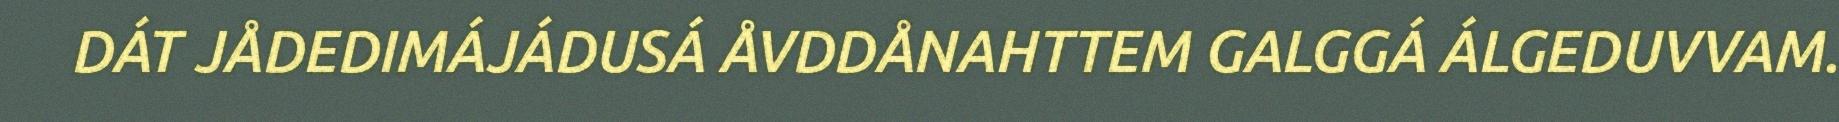
DÁT JÅDEDIMÁJÁDUSÁ ÅVDDÅNAHTTEM GALGGÁ ÁLGEDUVVAM.